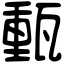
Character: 𤭮